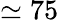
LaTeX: \simeq 75